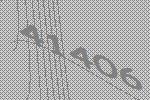
41406